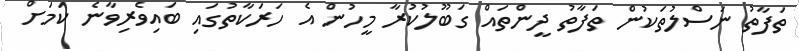
ތަފާތު ނަސްލުތަކުން ތަފާތު ދީންތައް ގަބޫލުކުރާ މީހުން އެ ހަރަކާތުގައި ބައިވެރިވާނެ ކަމަށް